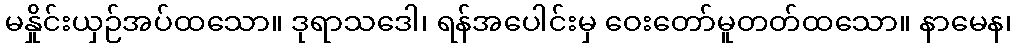
မနှိုင်းယှဉ်အပ်ထသော။ ဒုရာသဒေါ၊ ရန်အပေါင်းမှ ဝေးတော်မူတတ်ထသော။ နာမေန၊